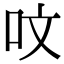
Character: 呅